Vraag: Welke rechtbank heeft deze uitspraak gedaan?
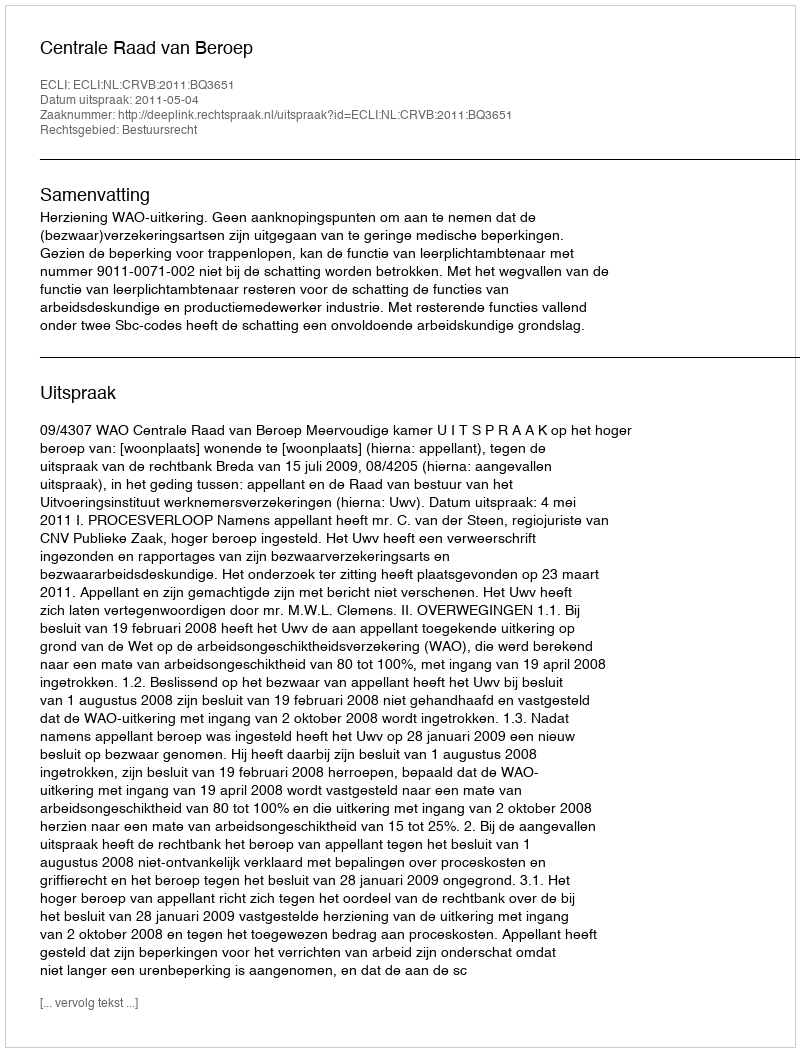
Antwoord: Centrale Raad van Beroep